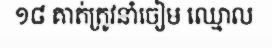
១៨ គាត់ត្រូវនាំចៀម ឈ្មោល